Report on malaria in the Punjab during the year ...  together with an account of the work of the Punjab Malaria Bureau - Volume 4
Disease focus: Malaria
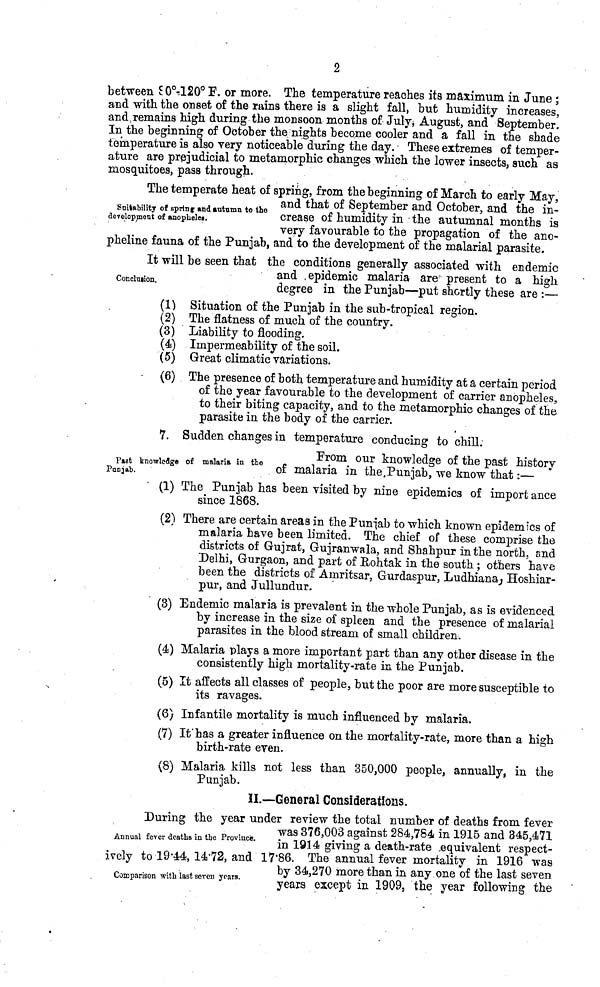
2
between 90°-120° F. or more. The temperature reaches its maximum in June ;
and with the onset of the rains there is a slight fall, but humidity increases,
and remains high during the monsoon months of July, August, and September.
In the beginning of October the nights become cooler and a fall in the shade
temperature is also very noticeable during the day. These extremes of temper-
ature are prejudicial to metamorphic changes which the lower insects, such as
mosquitoes, pass through.
Solvability of spring and autumn to the
development of anopheles.
The temperate heat of spring, from the beginning of March to early May,
and that of September and October, and the in-
crease of humidity in the autumnal months is
very favourable to the propagation of the ano-
pheline fauna of the Punjab, and to the development of the malarial parasite.
Conclusion.
It will be seen that the conditions generally associated with endemic
and epidemic malaria are present to a high
degree in the Punjab—put shortly these are :—
(1) Situation of the Punjab in the sub-tropical region.
(2) The flatness of much of the country.
(3) Liability to flooding.
(4) Impermeability of the soil.
(5) Great climatic variations.
(6) The presence of both temperature and humidity at a certain period
of the year favourable to the development of carrier anopheles,
to their biting capacity, and to the metamorphic changes of the
parasite in the body of the carrier.
7. Sudden changes in temperature conducing to chill.
Past knowledge of malaria in the
Punjab.
From our knowledge of the past history
of malaria in the Punjab, we know that :—
(1) The Punjab has been visited by nine epidemics of importance
since 1868.
(2) There are certain areas in the Punjab to which known epidemics of
malaria have been limited. The chief of these comprise the
districts of Gujrat, Gujranwala, and Shahpur in the north, and
Delhi, Gurgaon, and part of Rohtak in the south ; others have
been the districts of Amritsar, Gurdaspur, Ludhiana, Hoshiar-
pur, and Jullundur.
(3) Endemic malaria is prevalent in the whole Punjab, as is evidenced
by increase in the size of spleen and the presence of malarial
parasites in the blood stream of small children.
(4) Malaria plays a more important part than any other disease in the
consistently high mortality-rate in the Punjab.
(5) It affects all classes of people, but the poor are more susceptible to
its ravages.
(6) Infantile mortality is much influenced by malaria.
(7) It has a greater influence on the mortality-rate, more than a high
birth-rate even.
(8) Malaria kills not less than 350,000 people, annually, in the
Punjab.
II.—General Considerations.
Annual fever deaths in the Province.
During the year under review the total number of deaths from fever
was 376,003 against 284,784 in 1915 and 345,471
in 1914 giving a death-rate equivalent respect-
ively to 19·44, 14·72, and 17·86. The annual fever mortality in 1916 was
by 34,270 more than in any one of the last seven
years except in 1909, the year following the
Comparison with last seven years.